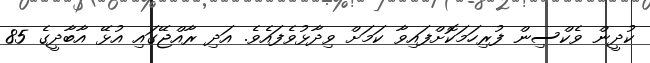
ކުދީން ވެކްސިން ފުރިހަމަކޮށްފައިވާ ކަމަށް ވިދާޅުވެފައެވެ. އަދި ރާއްޖޭގައި އުޅޭ އާބާދީގެ 85